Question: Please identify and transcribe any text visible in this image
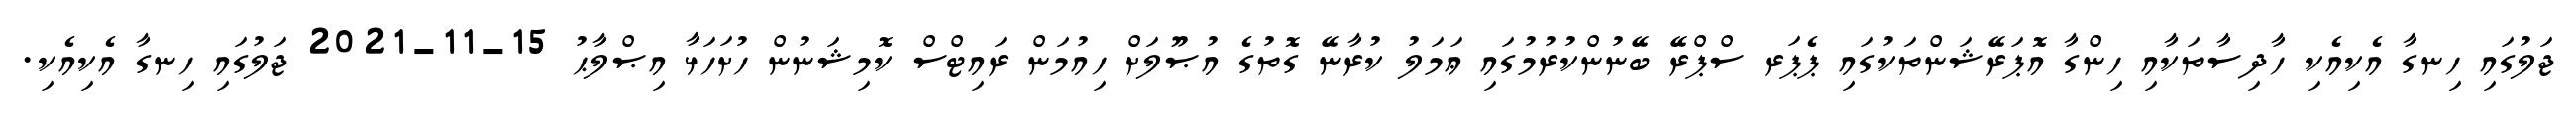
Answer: ޖަލުގައި ހިނގާ އެކިއެކި ހާދިސާތަކާއި ހިންގާ އޮޕަރޭޝަންތަކުގައި ޕެޕަރ ސްޕްރޭ ބޭނުންކުރުމުގައި ޢަމަލު ކުރާނޭ ގޮތުގެ އުޞޫލަށް ހިއުމަން ރައިޓްސް ކޮމިޝަނުން ހުށަހަޅާ އިޞްލާޙު 15-11-2021 ޖަލުގައި ހިނގާ އެކިއެކި.